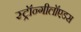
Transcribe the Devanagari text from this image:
स्ट्रॉन्गीलॉएडस